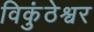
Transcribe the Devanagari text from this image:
विकुंठेश्वर